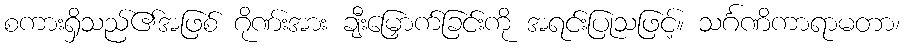
စကားရှိသည်၏အဖြစ် ဂိုဏ်းအား ချီးမြှောက်ခြင်းကို အရင်းပြုသဖြင့်။ သင်္ဂဏိကာရာမတာ၊